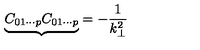
{ \underbrace { C _ { 0 1 \cdots p } C _ { 0 1 \cdots p } } } = - \frac { 1 } { k _ { \bot } ^ { 2 } }